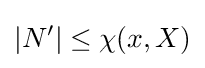
|N'|\leq \chi (x,X)